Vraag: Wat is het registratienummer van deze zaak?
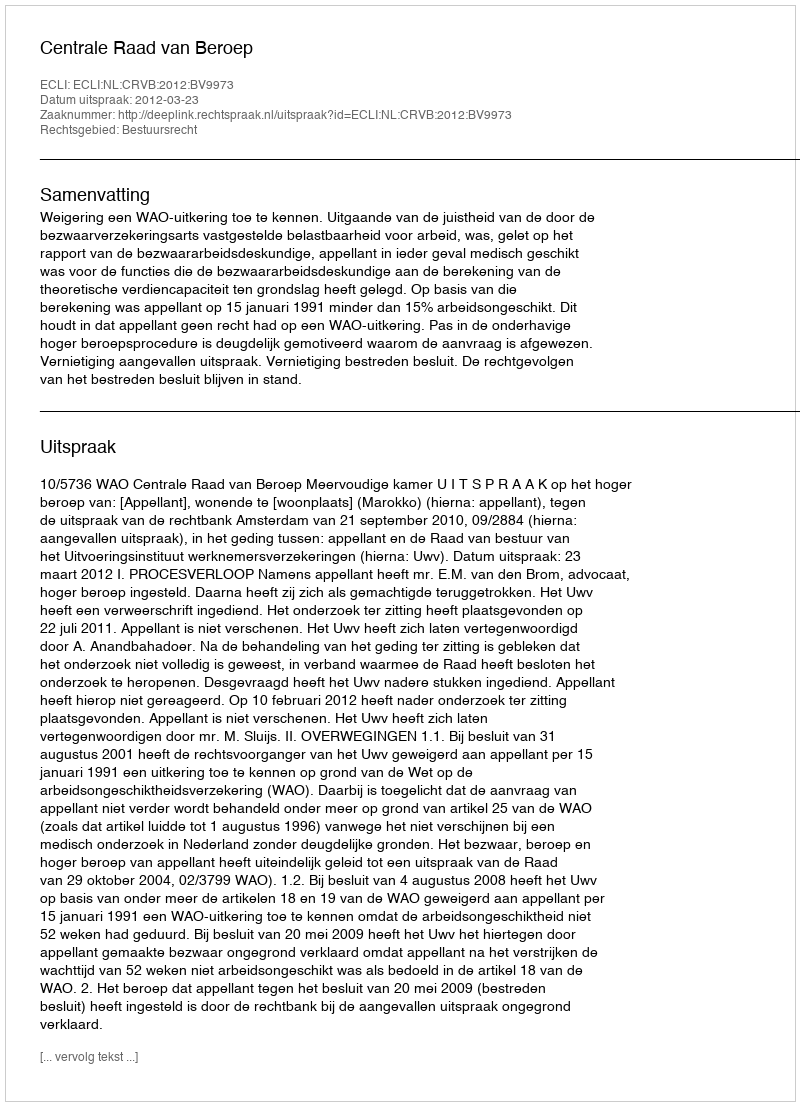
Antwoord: http://deeplink.rechtspraak.nl/uitspraak?id=ECLI:NL:CRVB:2012:BV9973